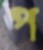
প